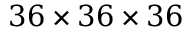
3 6 \times 3 6 \times 3 6